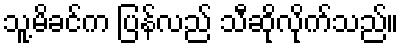
သူ့မိခင်က ပြန်လည် သီဆိုလိုက်သည်။